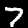
Digit: 7